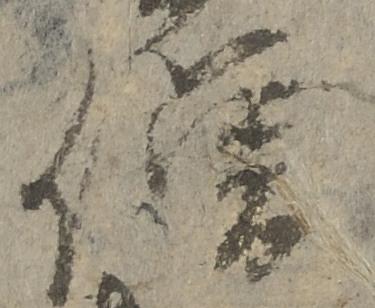
僧